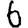
Digit: 6